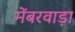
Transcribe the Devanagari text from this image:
मेंबरवाड़ा